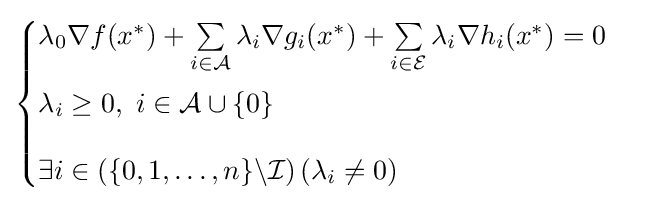
{\begin{cases}\lambda _{0}\nabla f(x^{*})+\sum \limits _{i\in {\mathcal {A}}}\lambda _{i}\nabla g_{i}(x^{*})+\sum \limits _{i\in {\mathcal {E}}}\lambda _{i}\nabla h_{i}(x^{*})=0\\[10pt]\lambda _{i}\geq 0,\ i\in {\mathcal {A}}\cup \{0\}\\[10pt]\exists i\in \left(\{0,1,\ldots ,n\}\backslash {\mathcal {I}}\right)\left(\lambda _{i}\neq 0\right)\end{cases}}